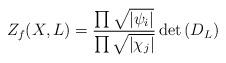
LaTeX: \begin{align*} Z_f(X,L) = \frac{ \prod \sqrt{ | \psi_i | } } { \prod \sqrt{ | \chi_j | } } \det \left( D_L \right)\end{align*}